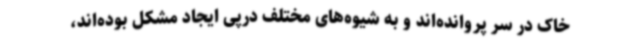
خاک در سر پروانده‌اند و به شیوه‌های مختلف درپی ایجاد مشکل بوده‌اند،